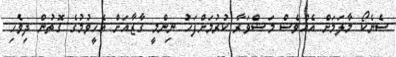
ސެނެކޯ މާލަމަށް އެއްވެސް މަޝްވަރާ ކުރުމަށްފަހު ނިންމީ ގާޒާއަށް އެހީވުމުގެ ގޮތުން ދިވެހި